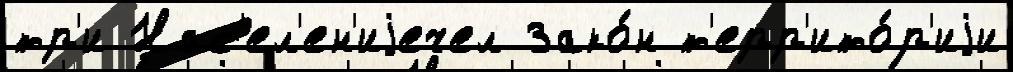
тр'и Нас'ел'ен'иjечел Зако́н т'ерр'ито́р'иjи